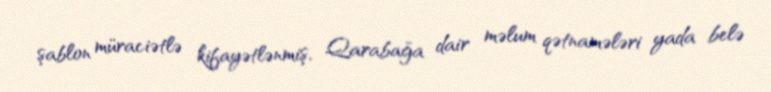
şablon müraciətlə kifayətlənmiş, Qarabağa dair məlum qətnamələri yada belə